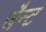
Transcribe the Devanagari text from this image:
जैन्ट